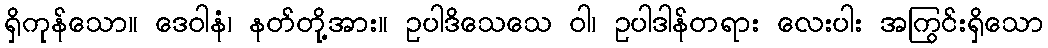
ရှိကုန်သော။ ဒေဝါနံ၊ နတ်တို့အား။ ဥပါဒိသေသေ ဝါ၊ ဥပါဒါန်တရား လေးပါး အကြွင်းရှိသော